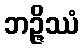
ဘဉ္ဇိဿံ